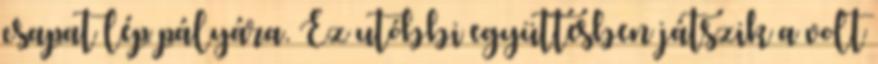
csapat lép pályára. Ez utóbbi együttesben játszik a volt